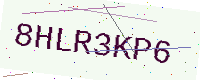
Text: 8HLR3KP6